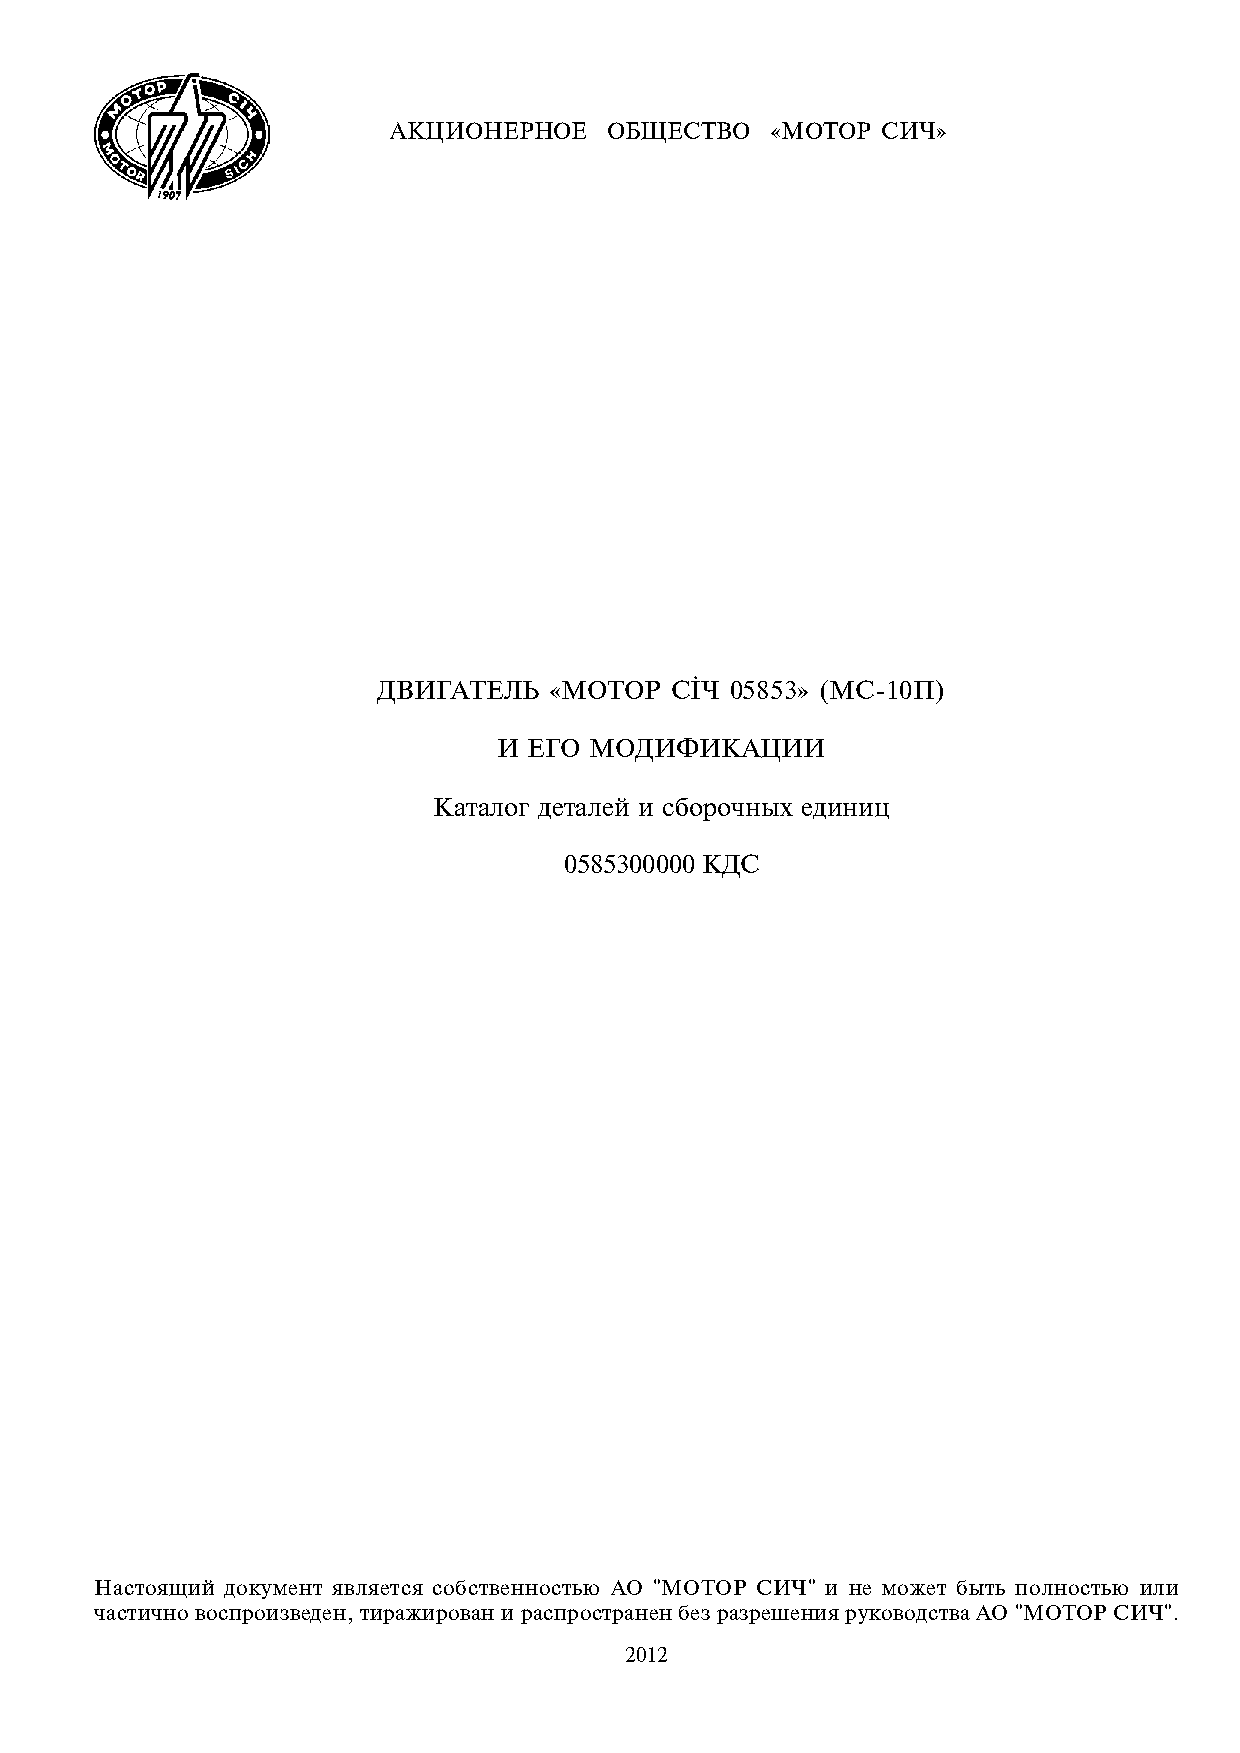
ÀÊÖÈÎÍÅÐÍÎÅ   ÎÁÙÅÑÒÂÎ  «ÌÎÒÎÐ  ÑÈ×»
 ÄÂÈÃÀÒÅËÜ  «ÌÎÒÎÐ  Ñ²× 05853» (ÌÑ-10Ï)
 È ÅÃÎ ÌÎÄÈÔÈÊÀÖÈÈ
 Êàòàëîã äåòàëåé è ñáîðî÷íûõ åäèíèö
 0585300000 ÊÄÑ
 Íàñòîÿùèé äîêóìåíò ÿâëÿåòñÿ ñîáñòâåííîñòüþ ÀÎ "ÌÎÒÎÐ ÑÈ×" è íå ìîæåò áûòü ïîëíîñòüþ èëè
 ÷àñòè÷íî âîñïðîèçâåäåí, òèðàæèðîâàí è ðàñïðîñòðàíåí áåç ðàçðåøåíèÿ ðóêîâîäñòâà ÀÎ "ÌÎÒÎÐ ÑÈ×".
 2012